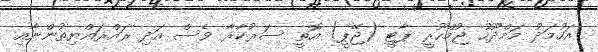
އަހުމަދު މަމްދޫހު ޖުމްހޫރީ ޕާޓީ (ޖޭޕީ) އޮތީ ސަރުކާރާ ވެސް އަދި ރައްރައްޔިތުންނާއި